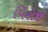
પિરોજી